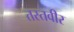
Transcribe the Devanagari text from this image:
तस्तवीर